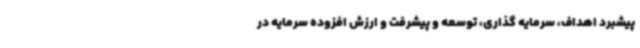
پیشبرد اهداف، سرمایه گذاری، توسعه و پیشرفت و ارزش افزوده سرمایه در